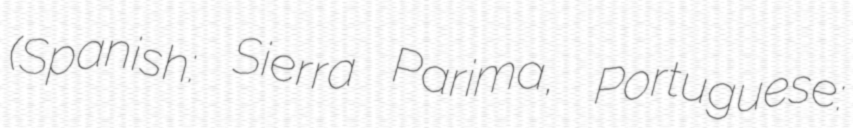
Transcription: (Spanish: Sierra Parima, Portuguese: